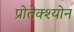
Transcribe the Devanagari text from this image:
प्रोतेक्श्योन